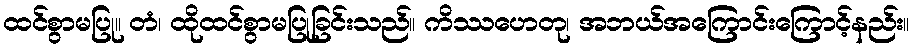
ထင်စွာမပြု။ တံ၊ ထိုထင်စွာမပြုခြင်းသည်။ ကိဿဟေတု၊ အဘယ်အကြောင်းကြောင့်နည်း။